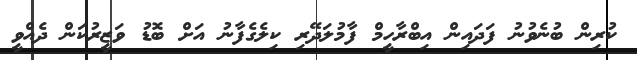
ކުރިން ބުނެވުނު ފަދައިން އިބްރާހީމް ފާމުލަދޭރި ކިލެގެފާނު އަށް ބޮޑު ވަޒީރުކަން ދެއްވީ